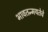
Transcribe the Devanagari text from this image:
भावतन्मयतेचे